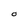
Character: O